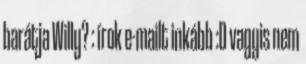
barátja Willy? : írok e-mailt inkább :D vagyis nem